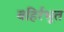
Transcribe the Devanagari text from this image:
बहिर्रभूत